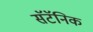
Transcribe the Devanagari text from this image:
सॅटॅनिक